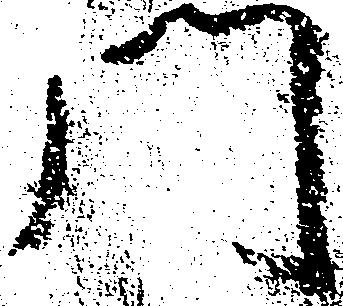
門